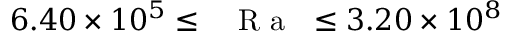
6 . 4 0 \times 1 0 ^ { 5 } \leq \mathrm { ~ \textit ~ { ~ R ~ a ~ } ~ } \leq 3 . 2 0 \times 1 0 ^ { 8 }